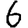
Digit: 6